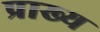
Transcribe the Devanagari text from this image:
प्राख्य